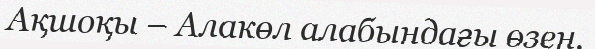
Ақшоқы – Алакөл алабындағы өзен.